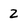
Character: 2